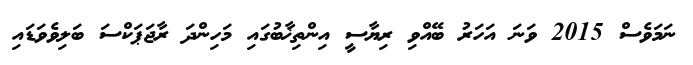
ނަމަވެސް 2015 ވަނަ އަހަރު ބޭއްވި ރިޔާސީ އިންތިޚާބުގައި މަހިންދަ ރާޖަޕަކްސަ ބަލިވެވަޑައި